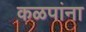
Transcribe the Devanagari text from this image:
कळपांना